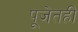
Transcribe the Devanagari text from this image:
पूजेतही